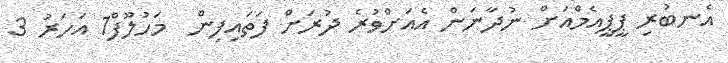
އެނބުރި ޕީޕީއެމްއަށް ނުދާނަން އެއަށްވުރެ ދުރަށް ފަތައިފިން  މަހުލޫފް1 އަހަރު 3